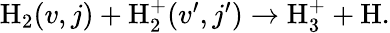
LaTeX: \begin{array}{r}{\mathrm{H}_{2}(v,j)+\mathrm{H}_{2}^{+}(v^{\prime},j^{\prime})\rightarrow\mathrm{H}_{3}^{+}+\mathrm{H}.}\end{array}